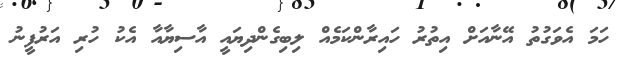
ހަމަ އެވަގުތު އޭނާއަށް އިތުރު ހައިރާންކަމެއް ލިބިގެންދިޔައީ އާސިޔާއާ އެކު ހުރި އަރުފީނު